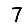
Digit: 7